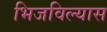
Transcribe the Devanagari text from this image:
भिजविल्यास